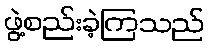
ဖွဲ့စည်းခဲ့ကြသည်